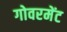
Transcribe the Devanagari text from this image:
गोवरमेंट